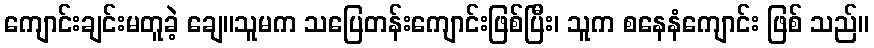
ကျောင်းချင်းမတူခဲ့ ချေ။သူမက သပြေတန်းကျောင်းဖြစ်ပြီး၊ သူက စနေနံကျောင်း ဖြစ် သည်။